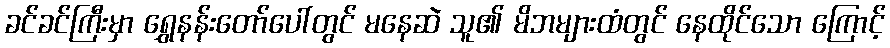
ခင်ခင်ကြီးမှာ ရွှေနန်းတော်ပေါ်တွင် မနေဆဲ သူ၏ မိဘများထံတွင် နေထိုင်သော ကြောင့်